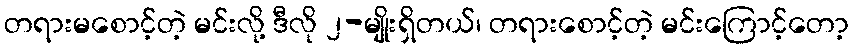
တရားမစောင့်တဲ့ မင်းလို့ ဒီလို ၂-မျိုးရှိတယ်၊ တရားစောင့်တဲ့ မင်းကြောင့်တော့